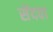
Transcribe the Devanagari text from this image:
सेंदवा